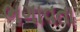
ભગાવતા